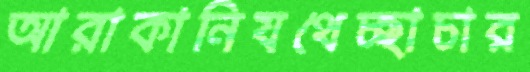
আরাকানিযথেচ্ছাচার